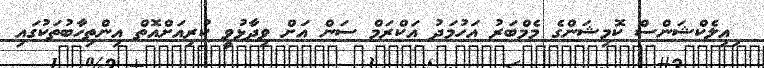
ިއިލެކްޝަންސް ކޮމިޝަންގެ މެމްބަރު އަހުމަދު އަކްރަމް ސަން އަށް ވިދާޅުވީ ކުރިއަށްއޮތް އިންތިހާބުތަކުގައި